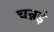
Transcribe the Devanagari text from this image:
चन्नई